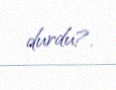
durdu?.